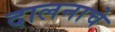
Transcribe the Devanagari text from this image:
दालनाचे